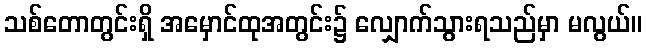
သစ်တောတွင်းရှိ အမှောင်ထုအတွင်း၌ လျှောက်သွားရသည်မှာ မလွယ်။